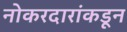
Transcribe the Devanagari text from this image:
नोकरदारांकडून